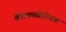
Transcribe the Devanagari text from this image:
कीटकप्रतिरोधक